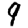
Digit: 9